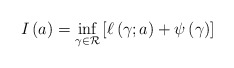
\begin{align*}I \left( a \right) = \inf_{\gamma \in \mathcal{R}} \left[ \ell \left( \gamma ; a \right) + \psi \left( \gamma \right) \right]\end{align*}